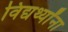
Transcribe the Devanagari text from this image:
विद्यर्थ्यांना